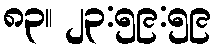
၈၃။ ၂၃:၅၉:၅၉